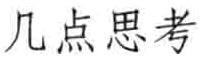
几点思考